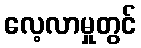
လေ့လာမှုတွင်